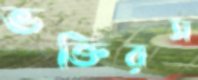
ভক্তিরস